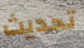
تحديث